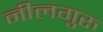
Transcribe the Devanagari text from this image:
नीलगुरु